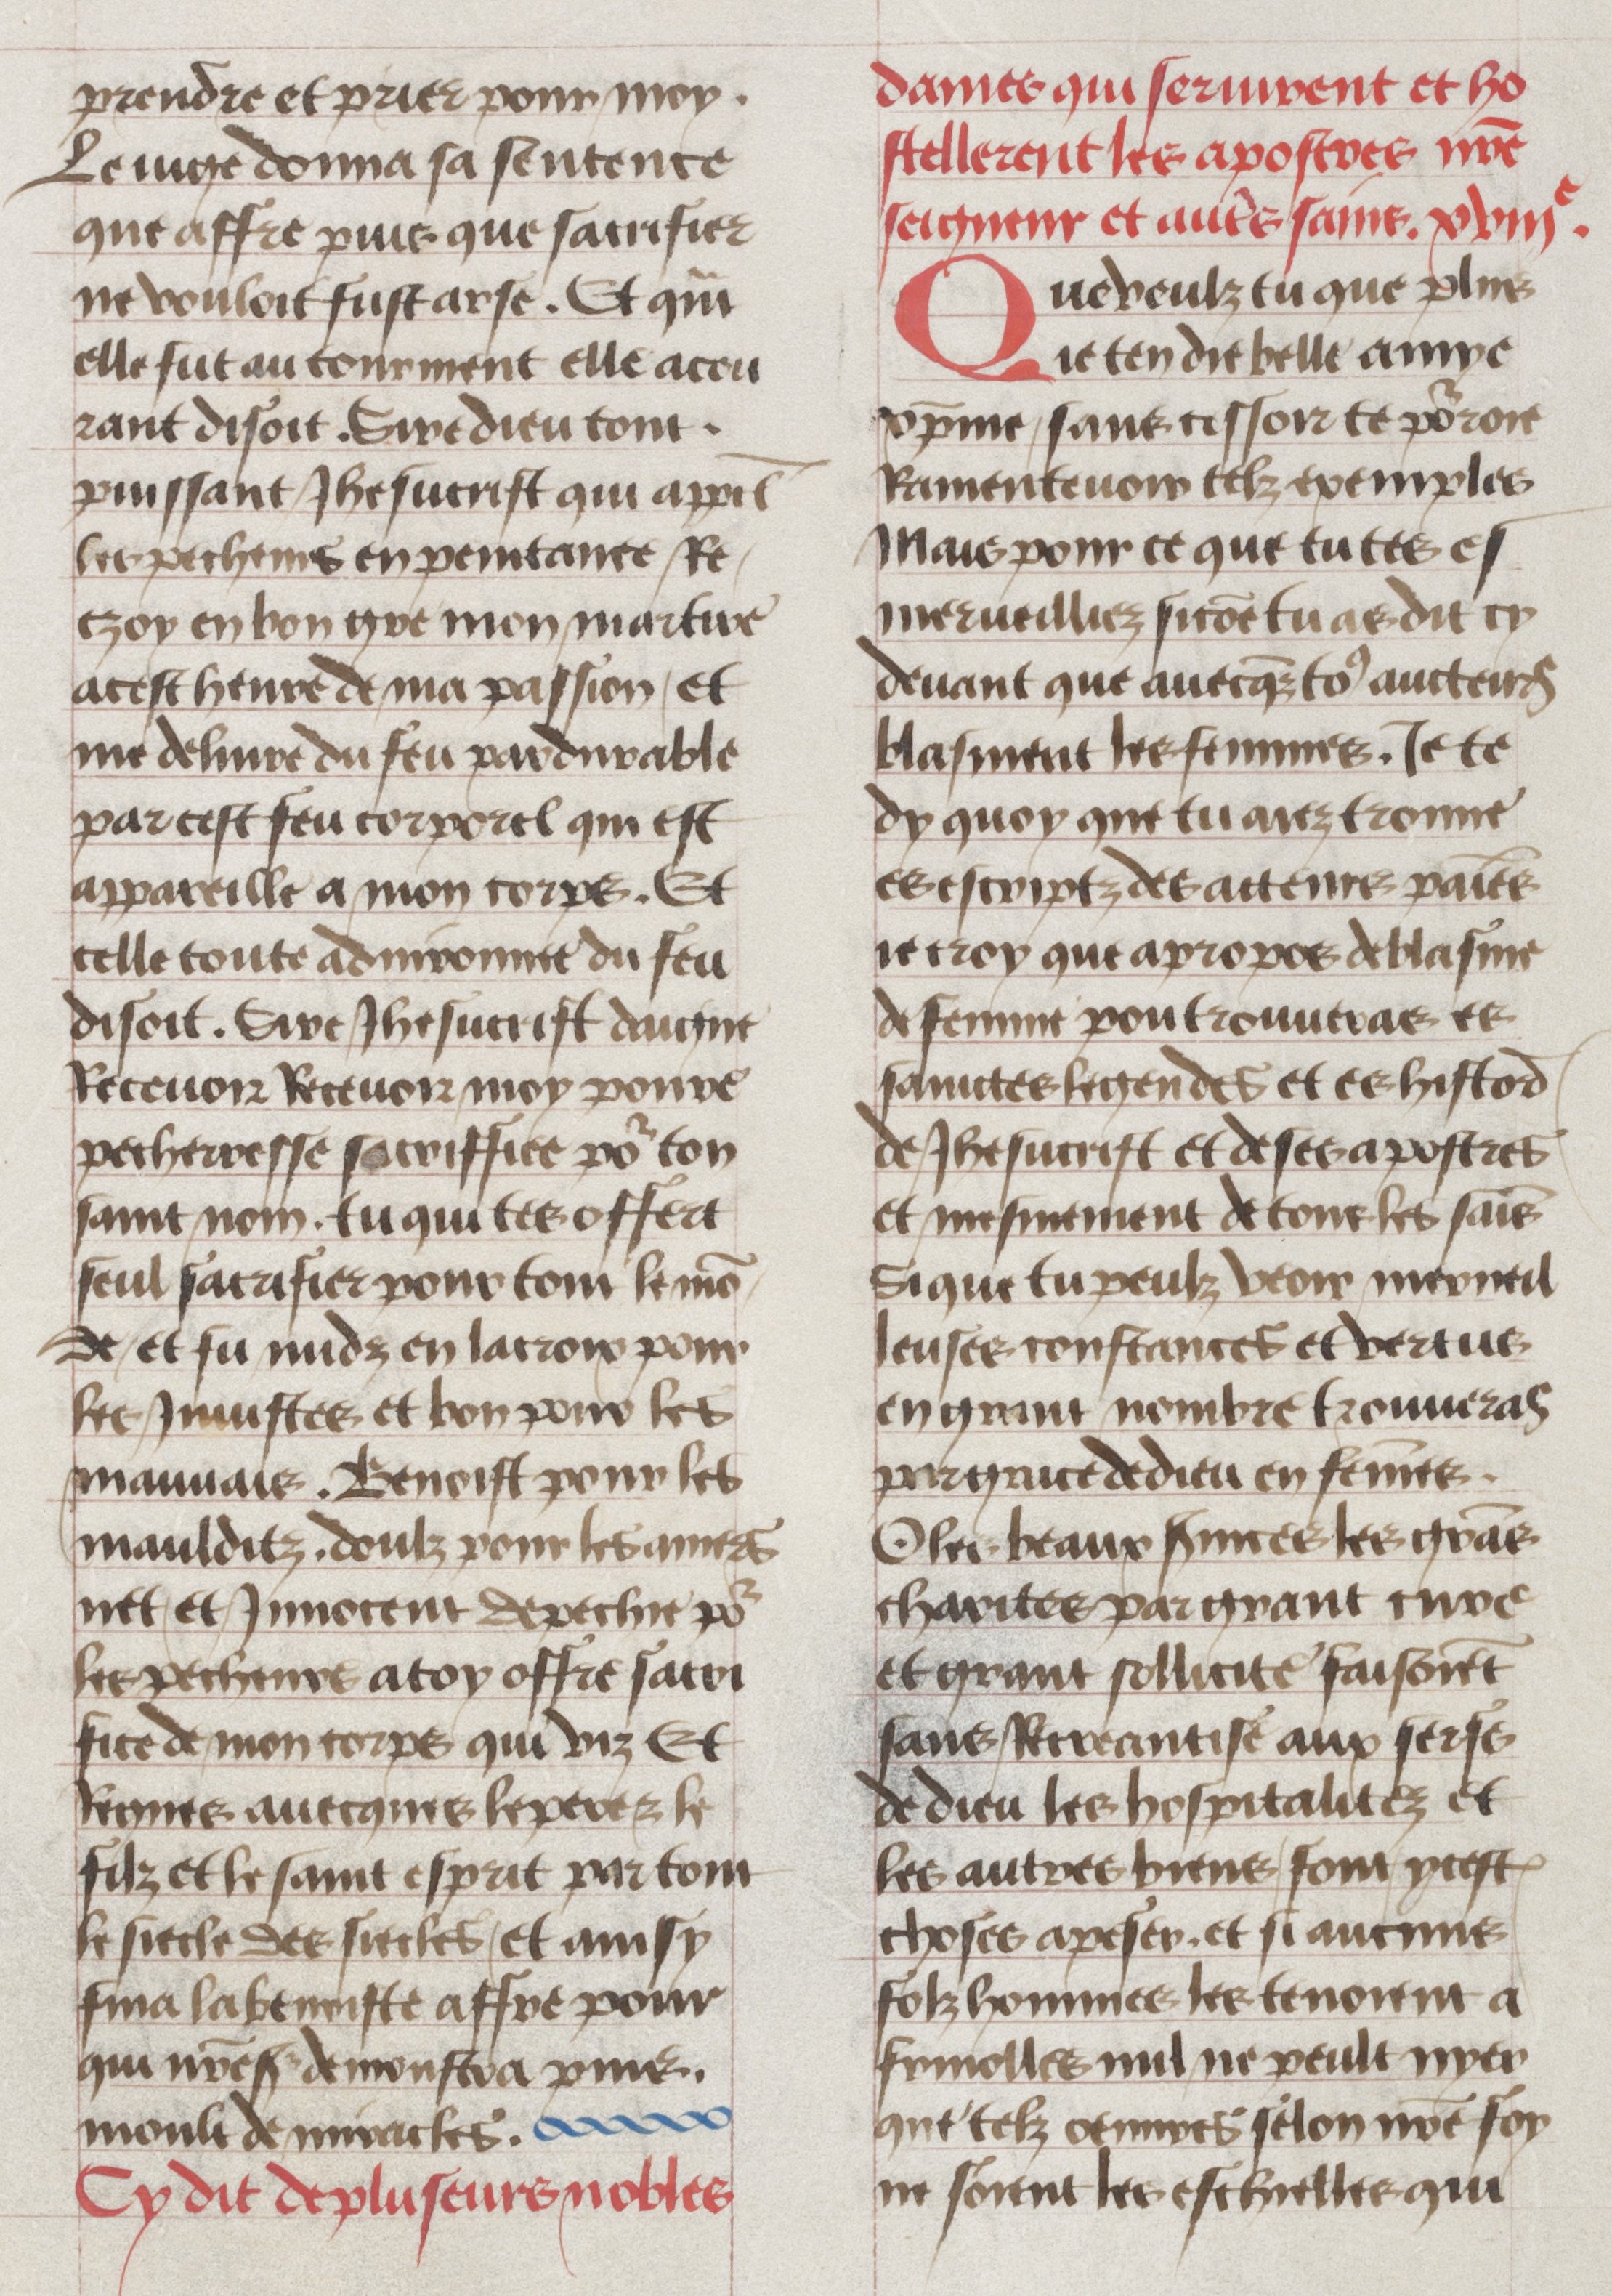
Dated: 1450–1499